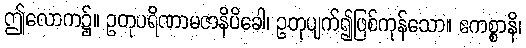
ဤလောက၌။ ဥတုပရိဏာမဇာနိပိခေါ၊ ဥတုပျက်၍ဖြစ်ကုန်သော။ ဧကစ္စာနိ၊